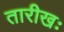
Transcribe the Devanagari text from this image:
तारीखः